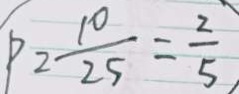
P _ { 2 } = \frac { 1 0 } { 2 5 } = \frac { 2 } { 5 }